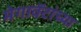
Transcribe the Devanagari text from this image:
मेगावॅटांच्या